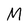
Character: M